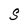
Character: S